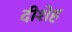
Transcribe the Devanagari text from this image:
दीशेह